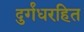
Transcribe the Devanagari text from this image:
दुर्गंधरहित